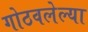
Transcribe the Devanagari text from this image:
गोठवलेल्या